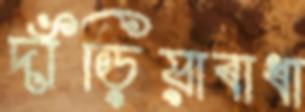
দাঁড়িয়াবাধা